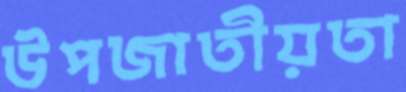
উপজাতীয়তা